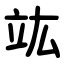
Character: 竑